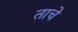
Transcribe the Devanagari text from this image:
ताचे